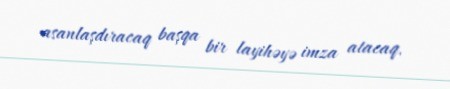
asanlaşdıracaq başqa bir layihəyə imza atacaq.